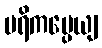
ပရိကပ္ပေယျ